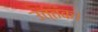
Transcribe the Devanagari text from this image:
उत्तक।